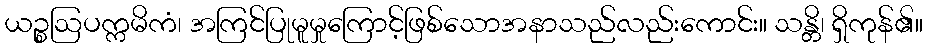
ယဉ္စဩပက္ကမိကံ၊ အကြင်ပြုမူမှုကြောင့်ဖြစ်သောအနာသည်လည်းကောင်း။ သန္တိ၊ ရှိကုန်၏။